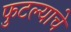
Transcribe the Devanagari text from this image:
फुटल्याचे